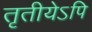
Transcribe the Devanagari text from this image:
तृतीयेऽपि